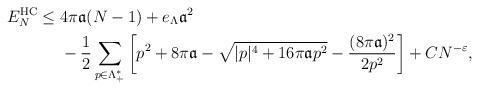
LaTeX: \begin{align*} E_N^{\mathrm{HC}} \le\;& 4\pi \mathfrak{a}(N-1)+e_\Lambda \mathfrak{a}^2\\&-\frac{1}{2}\sum_{p\in \Lambda_+^*}\left[ p^2+8\pi\mathfrak{a}-\sqrt{|p|^4+ 16\pi \mathfrak{a}p^2}-\frac{(8\pi \mathfrak{a})^2}{2p^2}\right]+ CN^{-\varepsilon},\end{align*}